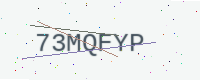
Text: 73MQFYP